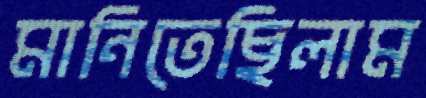
মানিতেছিলাম